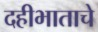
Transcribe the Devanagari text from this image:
दहीभाताचे